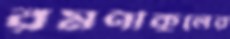
রমণীকুলের